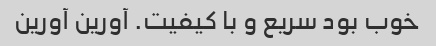
خوب بود سریع و با کیفیت. آورین آورین